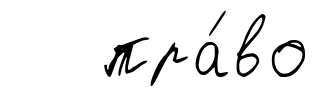
пра́во